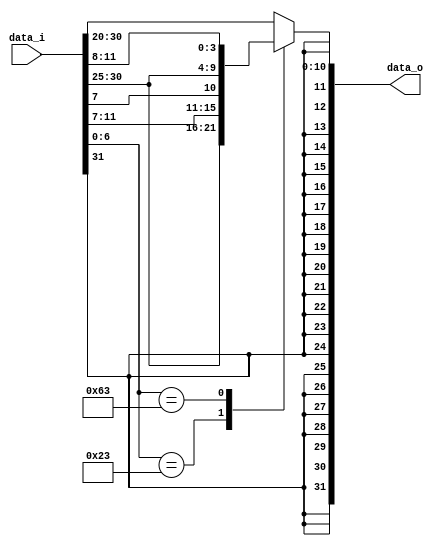

module Sign_Extend(
    data_i,
    data_o     
);

input[31:0] data_i;
output[31:0] data_o;
wire [6:0] opcode;
assign opcode = data_i[6:0];
`define sw 7'b0100011
`define beq 7'b1100011
reg [31:0] out;
assign data_o = out;
always @(*) begin
	case (opcode)
	    `sw:  out <= {{20{data_i[31]}}, data_i[31:25], data_i[11:7]};
	    `beq:  out <= {{21{data_i[31]}}, data_i[7], data_i[30:25], data_i[11:8]};
	    default:  out <= {{20{data_i[31]}}, data_i[31:20]};

	endcase
end

endmodule